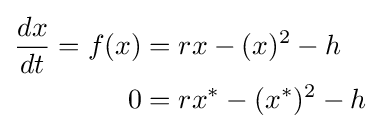
{\begin{aligned}{dx \over dt}=f(x)&=rx-(x)^{2}-h\\0&=rx^{*}-(x^{*})^{2}-h\end{aligned}}